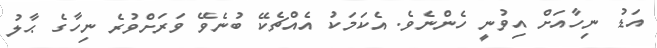
އަޑު ނިހާއަށް އިވުނީ ހެންނެވެ. އެކަމަކު އެއްޗެކޭ ބުނެވޭ ވަރަށްވުރެ ނިހާގެ ޙާލު